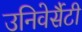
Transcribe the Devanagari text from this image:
उनिवेर्सैटी